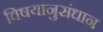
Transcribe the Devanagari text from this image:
विषयानुसंधान